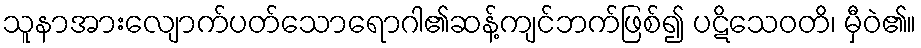
သူနာအားလျောက်ပတ်သောရောဂါ၏ဆန့်ကျင်ဘက်ဖြစ်၍ ပဋိသေဝတိ၊ မှီဝဲ၏။